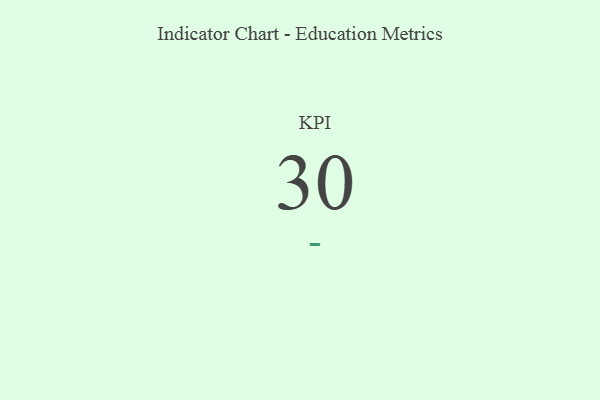
{"axis": {"x": "KPI", "y": "Value"}, "legend": [""], "data": [{"x": "KPI", "y": 30, "type": ""}]}